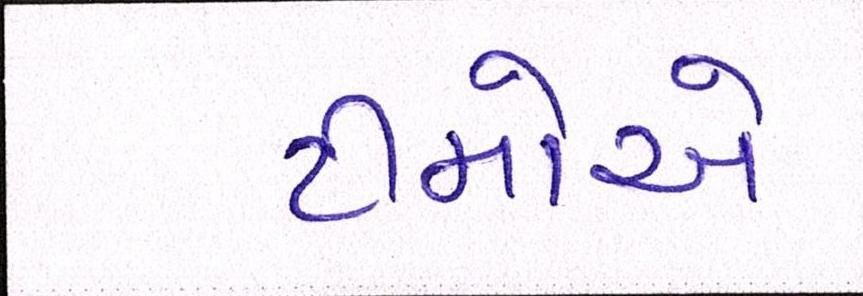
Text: ટીમોએ